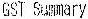
GST SUMMARY